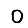
Digit: 0